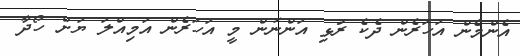
އެންމެން އަހަރެން ދެކެ ރުޅި އަންނަން މީ އަހަރެން އަމިއްލަ ޔަށް ހޯދާ